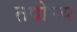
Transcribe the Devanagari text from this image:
तपोमय